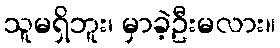
သူမရှိဘူး၊ မှာခဲ့ဦးမလား။